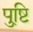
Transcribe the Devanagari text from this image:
पु्ष्टि